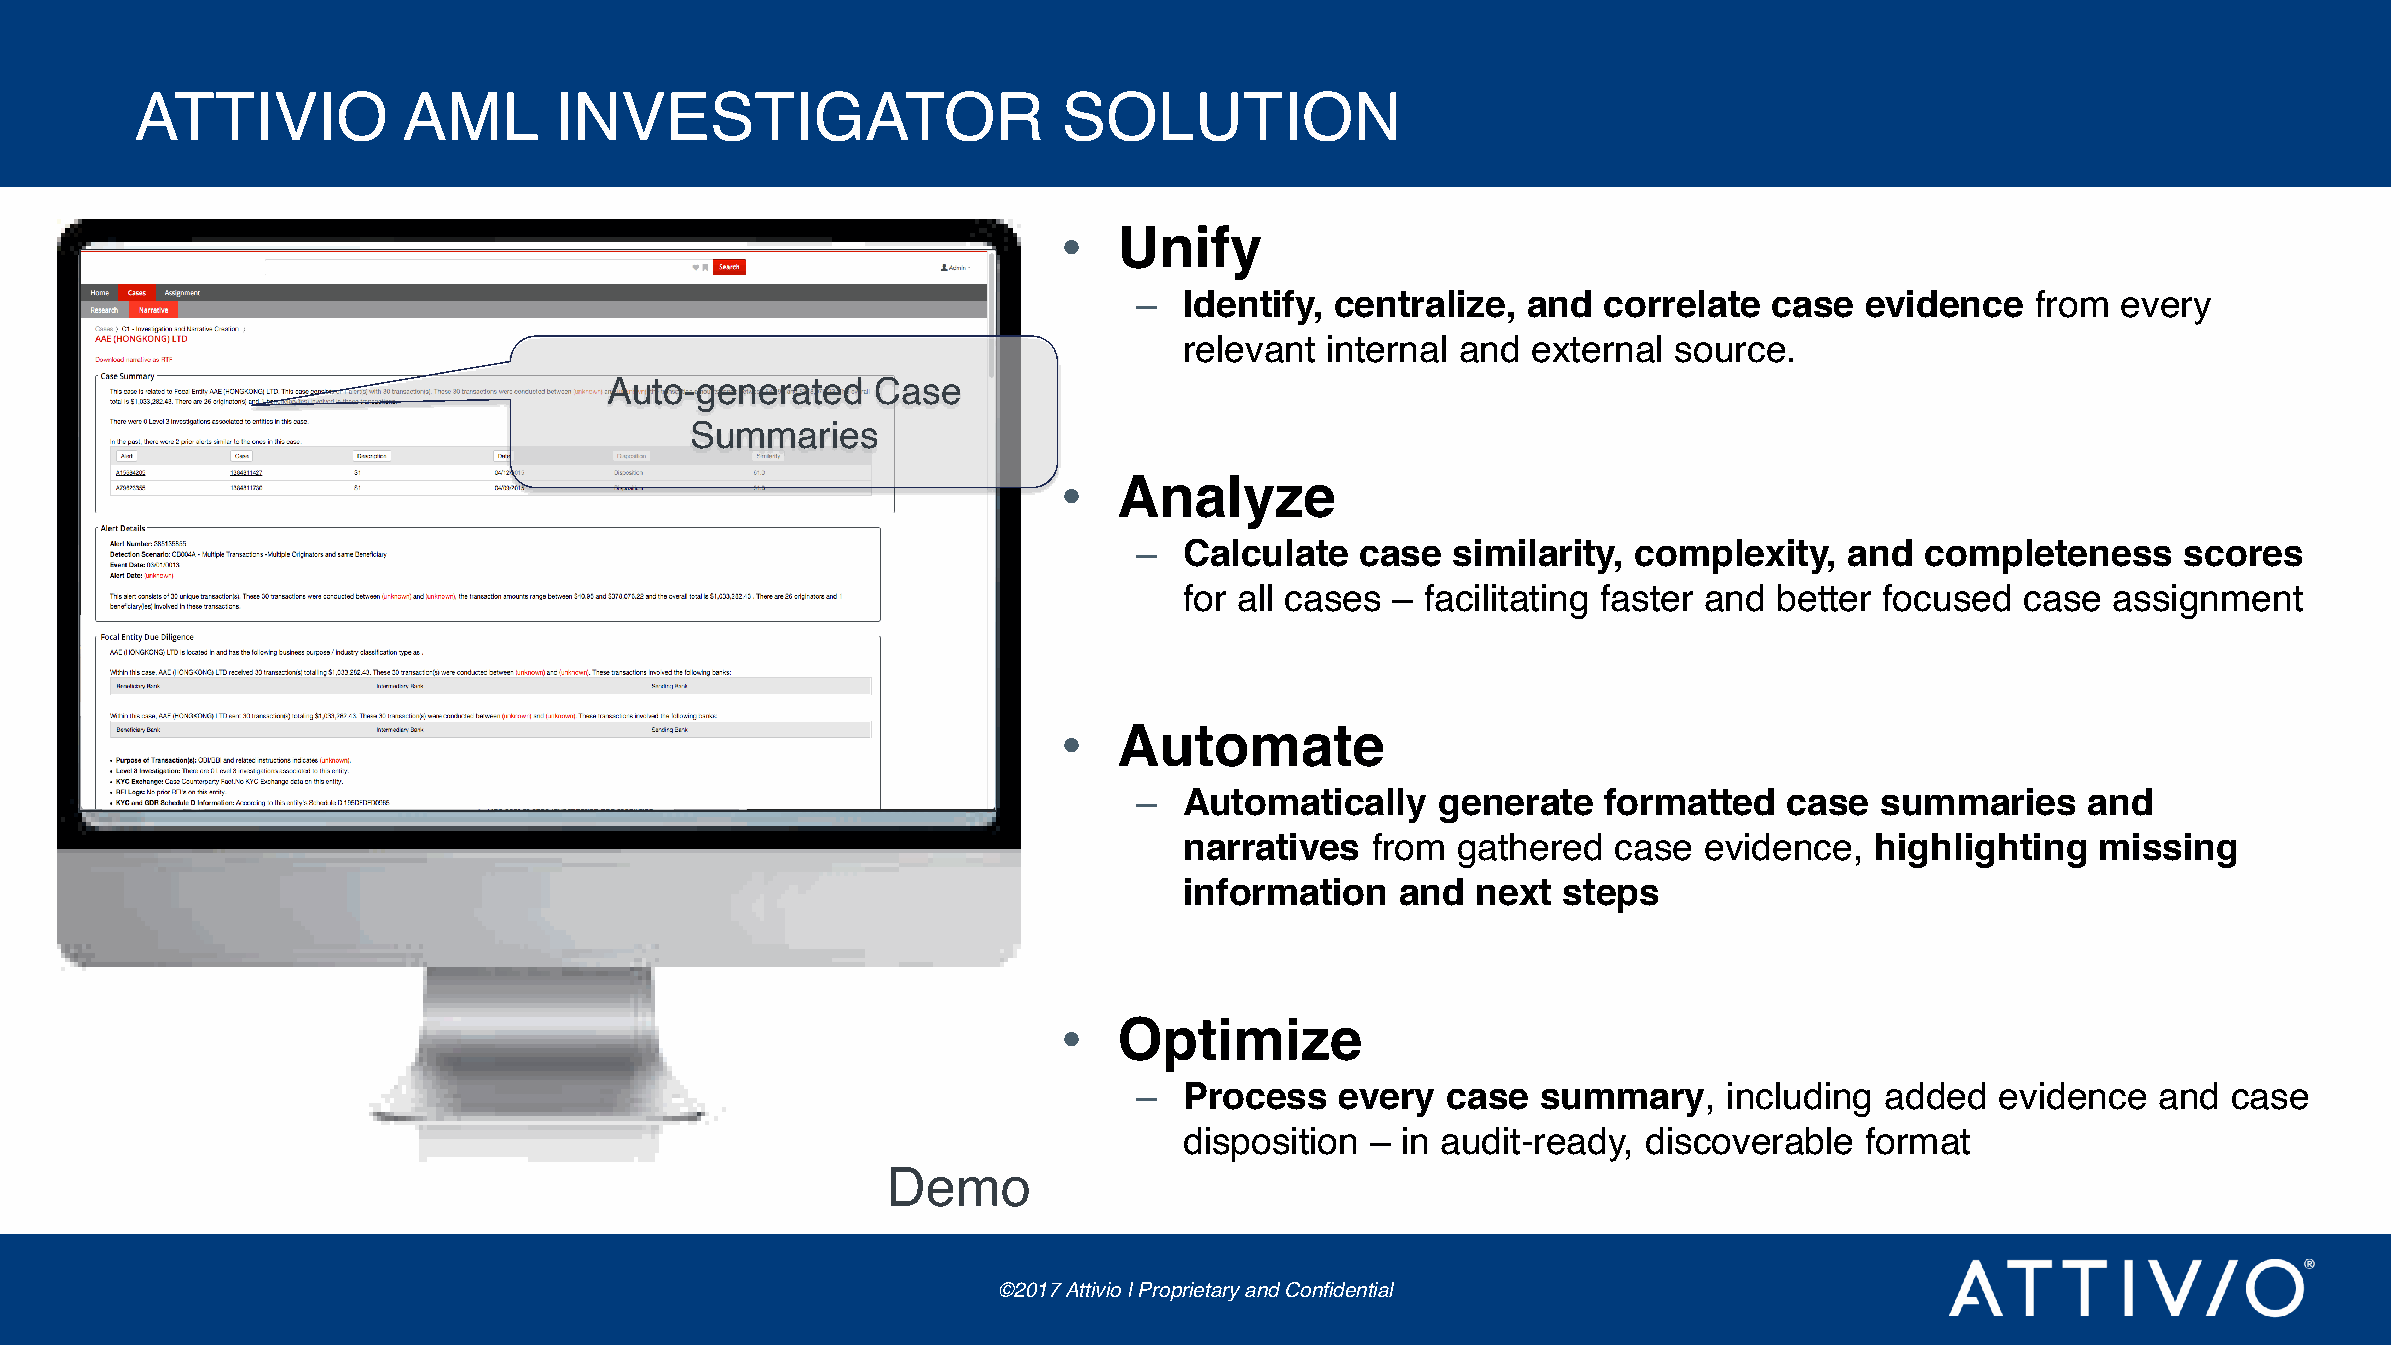
ATTIVIO           AML       INVESTIGATOR                     SOLUTION
 •   Unify
 –  Identify, centralize,  and  correlate  case  evidence    from every
 relevant  internal and external  source.
 Auto-generated    Case
 Summaries
 •   Analyze
 –  Calculate   case  similarity, complexity,   and  completeness      scores
 for all cases – facilitating faster and better focused  case  assignment
 •   Automate
 –  Automatically    generate   formatted   case  summaries     and
 narratives   from gathered   case  evidence,  highlighting   missing
 information    and  next steps
 •   Optimize
 –  Process    every  case  summary,    including  added  evidence   and  case
 disposition  – in audit-ready, discoverable  format
 Demo
 ©2017 Attivio | Proprietary and Confidential